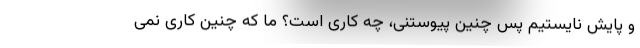
و پایش نایستیم پس چنین پیوستنی، چه کاری است؟ ما که چنین کاری نمی‌